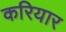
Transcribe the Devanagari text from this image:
करियार